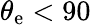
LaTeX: \theta_{\mathrm{{e}}}<90